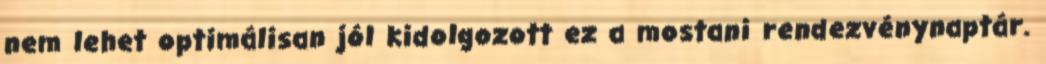
nem lehet optimálisan jól kidolgozott ez a mostani rendezvénynaptár.